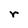
Character: r